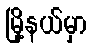
မြို့နယ်မှာ